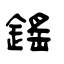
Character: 鎐